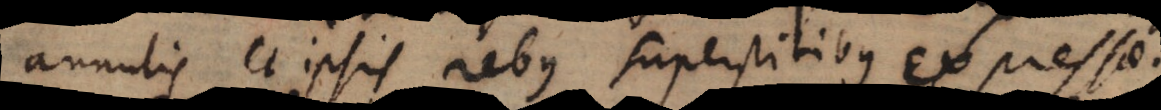
annulis et ipsis rebus superstitibus expressae.